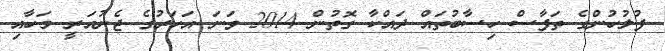
ފުލުހުންގެ ތަފާސް ހިސާބުތައް ދައްކާ ގޮތުން 2014 ވަނަ އަހަރުގެ ޖެނުއަރީ މަހާއި